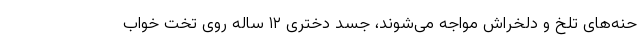
حنه‌های تلخ و دلخراش مواجه می‌شوند، جسد دختری ۱۲ ساله روی تخت خواب